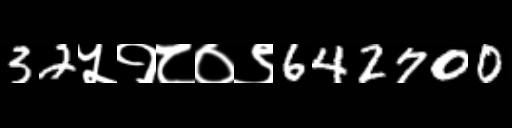
Text: 32५१८०९642700